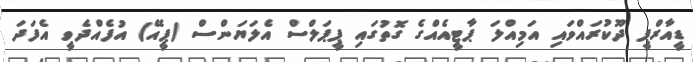
ޑީއާރްޕީ ދޫކުރައްވައި އަމިއްލަ ޕާޓީއެއްގެ ގޮތުގައި ޕީޕަލްސް އެލަޔަންސް (ޕީއޭ) އުފެއްދެވީ އެފަދަ